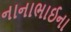
નાનાભાઈના